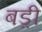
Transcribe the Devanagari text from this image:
बड़़ी